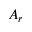
A _ { r }